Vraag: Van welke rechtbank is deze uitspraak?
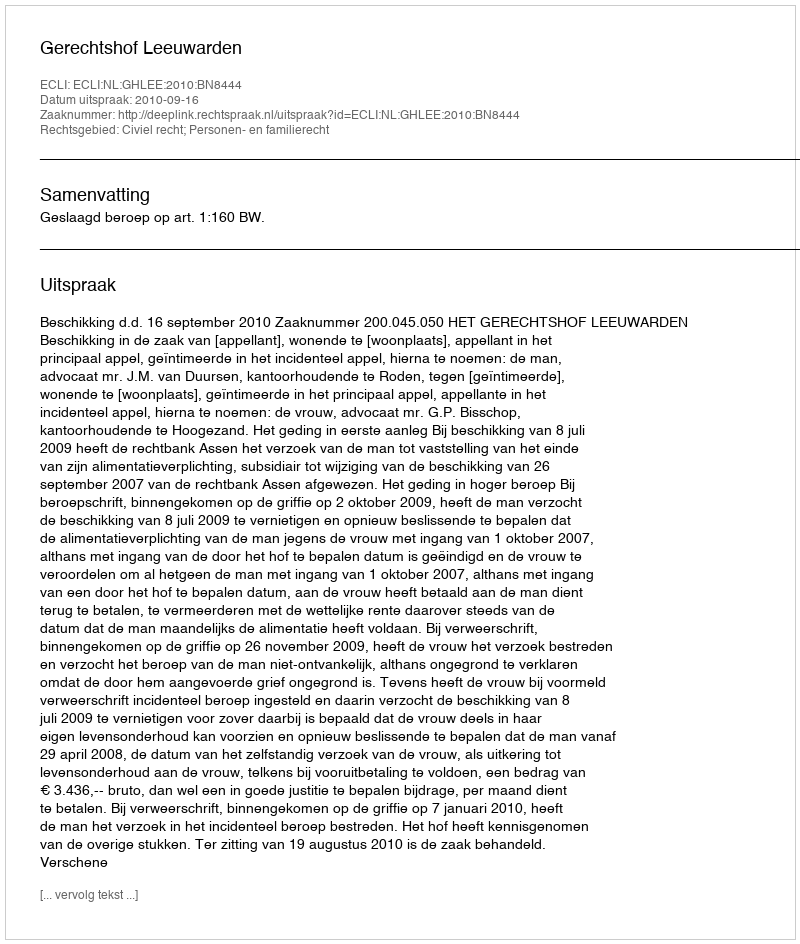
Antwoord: Gerechtshof Leeuwarden